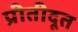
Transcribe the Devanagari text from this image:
प्रीतीदूत